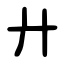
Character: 廾